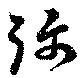
弥